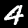
Label: 4